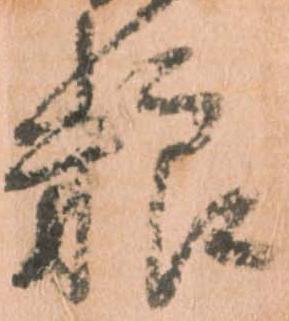
粮